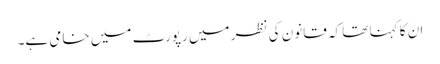
ان کا کہنا تھا کہ قانون کی نظر میں رپورٹ میں خامی ہے۔